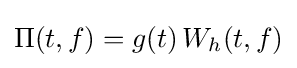
\Pi (t,f)=g(t)\,W_{h}(t,f)